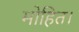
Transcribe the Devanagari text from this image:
मोहित।